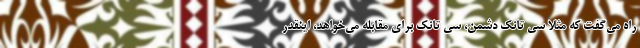
راه می‌گفت که مثلا سی تانک دشمن، سی تانک برای مقابله می‌خواهد، اینقدر